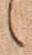
候